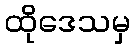
ထိုဒေသမှ